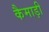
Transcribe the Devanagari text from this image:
कैमाड़ी